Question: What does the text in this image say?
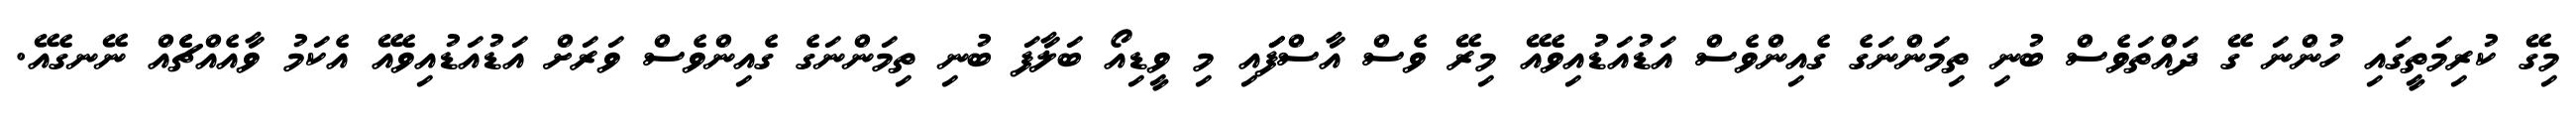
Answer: މިގޭ ކުރިމަތީގައި ހުންނަ ގޭ ދައްތަވެސް ބުނި ތިމަންނަގެ ގެއިންވެސް އަޑުއަޑުއިވެއޭ މިރޭ ވެސް އާސްފަައި މި ވީޑިއޯ ބަލާފަ ބުނި ތިމަންނަގެ ގެއިންވެސް ވަރަށް އަޑުއަޑުއިވެއޭ އެކަމު ވާއެއްޗެެއް ނޭނގެއޭ.